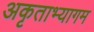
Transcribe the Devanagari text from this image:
अकृताभ्यागम